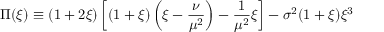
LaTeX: \Pi ( \xi ) \equiv ( 1 + 2 \xi ) \left[ ( 1 + \xi ) \left( \xi - \frac { \nu } { \mu ^ { 2 } } \right) - \frac { 1 } { \mu ^ { 2 } } \xi \right] - \sigma ^ { 2 } ( 1 + \xi ) \xi ^ { 3 }